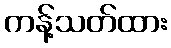
ကန့်သတ်ထား